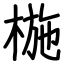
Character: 椸